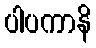
ပါပကာနိ